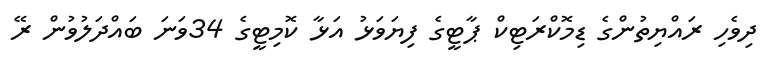
ދިވެހި ރައްޔިތުންގެ ޑިމޮކްރަޓިކް ޕާޓީގެ ފިޔަވަޅު އަޅާ ކޮމިޓީގެ 34ވަނަ ބައްދަލުވުން ރޭ